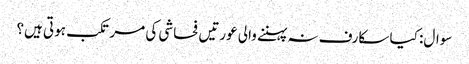
سوال: کیا سکارف نہ پہننے والی عورتیں فحاشی کی مرتکب ہوتی ہیں؟